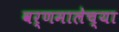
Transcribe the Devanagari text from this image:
वर्णमालेच्या